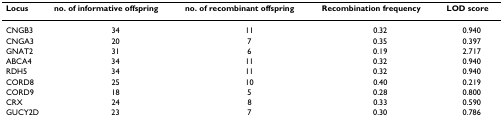
<table><thead><tr><td><b>Locus</b></td><td><b>no. of informative offspring</b></td><td><b>no. of recombinant offspring</b></td><td><b>Recombination frequency</b></td><td><b>LOD score</b></td></tr></thead><tbody><tr><td>CNGB3</td><td>34</td><td>11</td><td>0.32</td><td>0.940</td></tr><tr><td>CNGA3</td><td>20</td><td>7</td><td>0.35</td><td>0.397</td></tr><tr><td>GNAT2</td><td>31</td><td>6</td><td>0.19</td><td>2.717</td></tr><tr><td>ABCA4</td><td>34</td><td>11</td><td>0.32</td><td>0.940</td></tr><tr><td>RDH5</td><td>34</td><td>11</td><td>0.32</td><td>0.940</td></tr><tr><td>CORD8</td><td>25</td><td>10</td><td>0.40</td><td>0.219</td></tr><tr><td>CORD9</td><td>18</td><td>5</td><td>0.28</td><td>0.800</td></tr><tr><td>CRX</td><td>24</td><td>8</td><td>0.33</td><td>0.590</td></tr><tr><td>GUCY2D</td><td>23</td><td>7</td><td>0.30</td><td>0.786</td></tr></tbody></table>